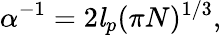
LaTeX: \alpha^{-1}=2\mathit{l}_{p}(\pi N)^{1/3},